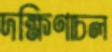
দক্ষিণাচল